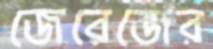
জেরেজের